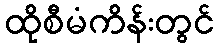
ထိုစီမံကိန်းတွင်